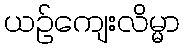
ယဉ်ကျေးလိမ္မာ